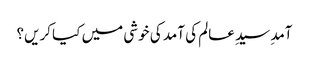
آمدِ سیدِ عالم کی آمد کی خوشی میں کیا کریں؟